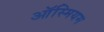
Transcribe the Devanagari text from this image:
ऑस्मियम